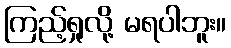
ကြည့်ရှုလို့ မရပါဘူး။